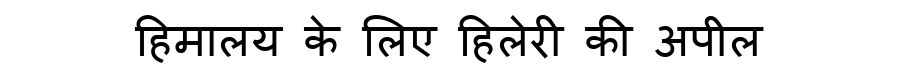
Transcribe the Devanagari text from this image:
हिमालय के लिए हिलेरी की अपील